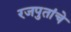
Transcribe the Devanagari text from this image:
रजपुतांचे